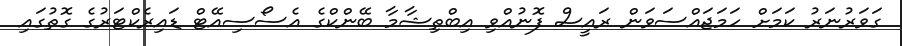
ގަވަރުނަރު ކަމަށް ހަމަޖައްސަވަން ރައީސް ފޮނުއްވި އިބްތިޝާމާ ބޭންކްގެ އެސޯސިއޭޓް ޑައިރެކްޓަރުގެ ގޮތުގައި